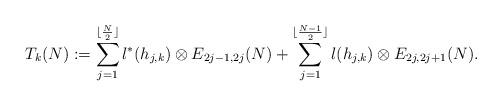
LaTeX: \begin{align*}T_k(N) := \sum^{\lfloor \frac{N}{2} \rfloor}_{j=1} l^*(h_{j,k}) \otimes E_{2j-1, 2j}(N) + \sum^{\lfloor \frac{N-1}{2} \rfloor }_{j=1} l(h_{j,k}) \otimes E_{2j, 2j+1}(N).\end{align*}